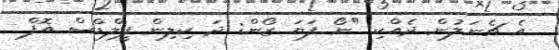
އެ ޗެނަލުން ދެއްކި "ނޯ ފަޔަ ޒޯން: ދަ ކިލިން ފީލްޑްސް އޮފް